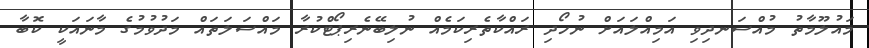
މައުލޫމާތު މުއްސަނދިވި އަމިއްލައަށް ނުހޯދި ރައްކާތެރިކަމެއް ނުލިބޭނެރިޕޯޓްކުރާ މައްސަލަތައް މަދުވުމުގެ މާނައަކީ ކޮބާ